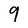
Character: 9